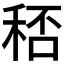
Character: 𥞶